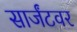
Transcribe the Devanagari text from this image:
सार्जंटवर